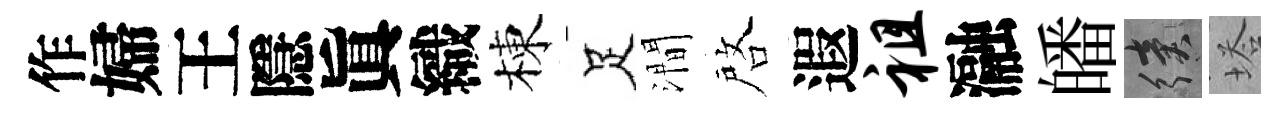
作婦王隱眞織棟足澗啓遐祖瀜皤續塔